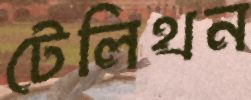
টেলিথন